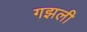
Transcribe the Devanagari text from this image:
गझली